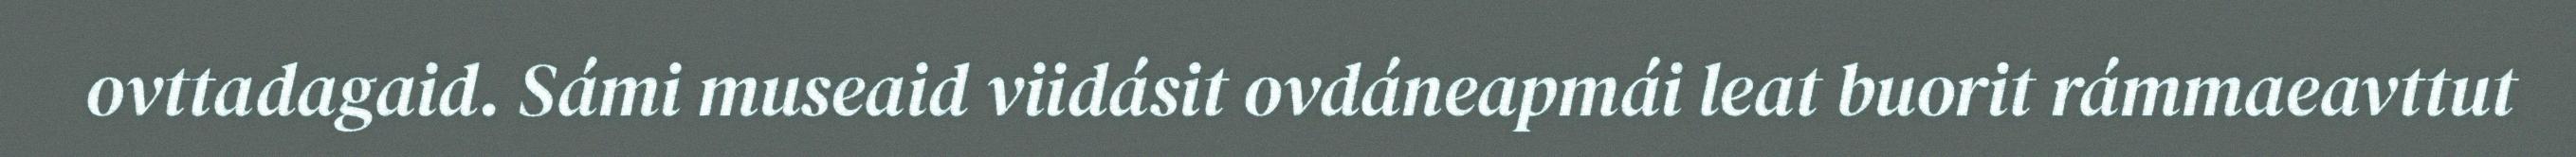
ovttadagaid. Sámi museaid viidásit ovdáneapmái leat buorit rámmaeavttut